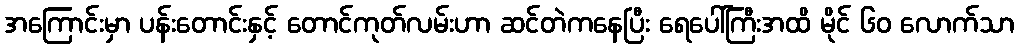
အကြောင်းမှာ ပန်းတောင်းနှင့် တောင်ကုတ်လမ်းဟာ ဆင်တဲကနေပြီး ရေပေါ်ကြီးအထိ မိုင် ၆၀ လောက်သာ